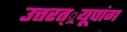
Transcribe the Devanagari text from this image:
उत्तरत््रयूपांग